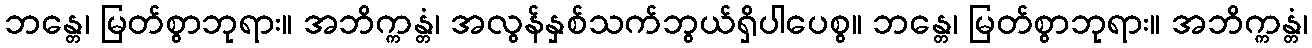
ဘန္တေ၊ မြတ်စွာဘုရား။ အဘိက္ကန္တံ၊ အလွန်နှစ်သက်ဘွယ်ရှိပါပေစွ။ ဘန္တေ၊ မြတ်စွာဘုရား။ အဘိက္ကန္တံ၊